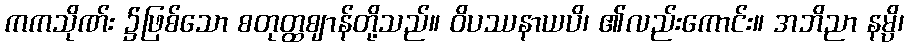
ကကသိုဏ်း ၌ဖြစ်သော စတုတ္ထဈာန်တို့သည်။ ဝိပဿနာယပိ၊ ၏လည်းကောင်း။ အဘိညာ နမ္ပိ၊